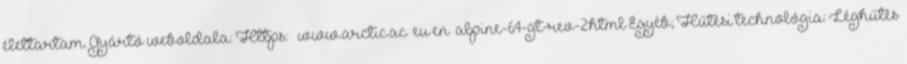
élettartam. Gyártó weboldala: Https: www.arctic.ac eu en alpine-64-gt-rev-2.html Egyéb; Hűtési technológia: Léghűtés